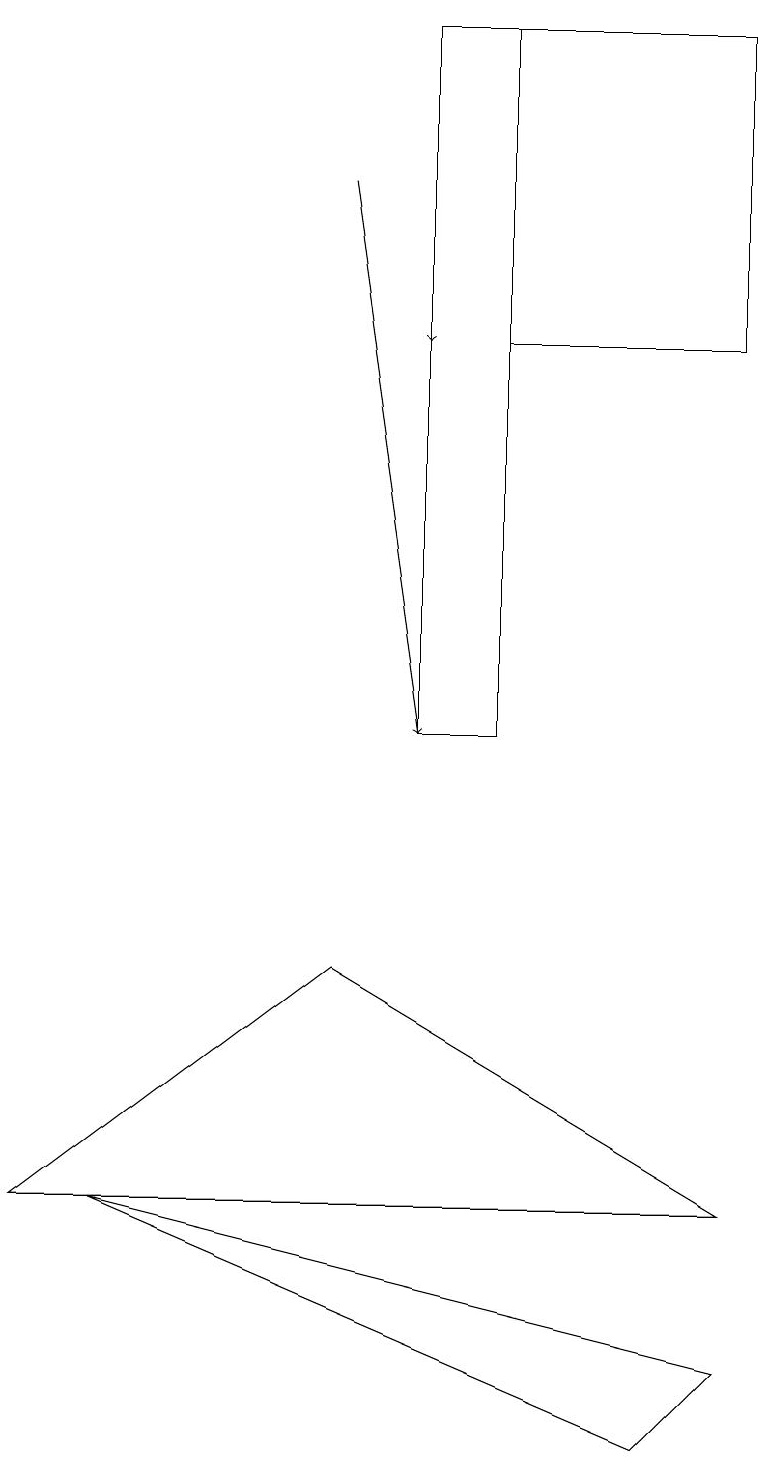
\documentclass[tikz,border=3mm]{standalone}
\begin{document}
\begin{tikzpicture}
\draw (9,15) rectangle (6,19);
\draw (5,10) rectangle (6,19);
\draw (0,4) -- (9,4) -- (4,7) -- cycle;
\draw[->] (5,16) -- (5,15);
\draw (9,2) -- (8,1) -- (1,4) -- cycle;
\draw[->] (4,17) -- (5,10);
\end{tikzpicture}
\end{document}